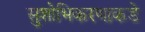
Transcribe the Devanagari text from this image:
सुशोभिकरणाकडे